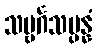
သဗ္ဗင်္ဂသမ္ပန္နံ